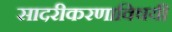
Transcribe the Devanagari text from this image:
सादरीकरणाविषयी